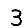
Digit: 3